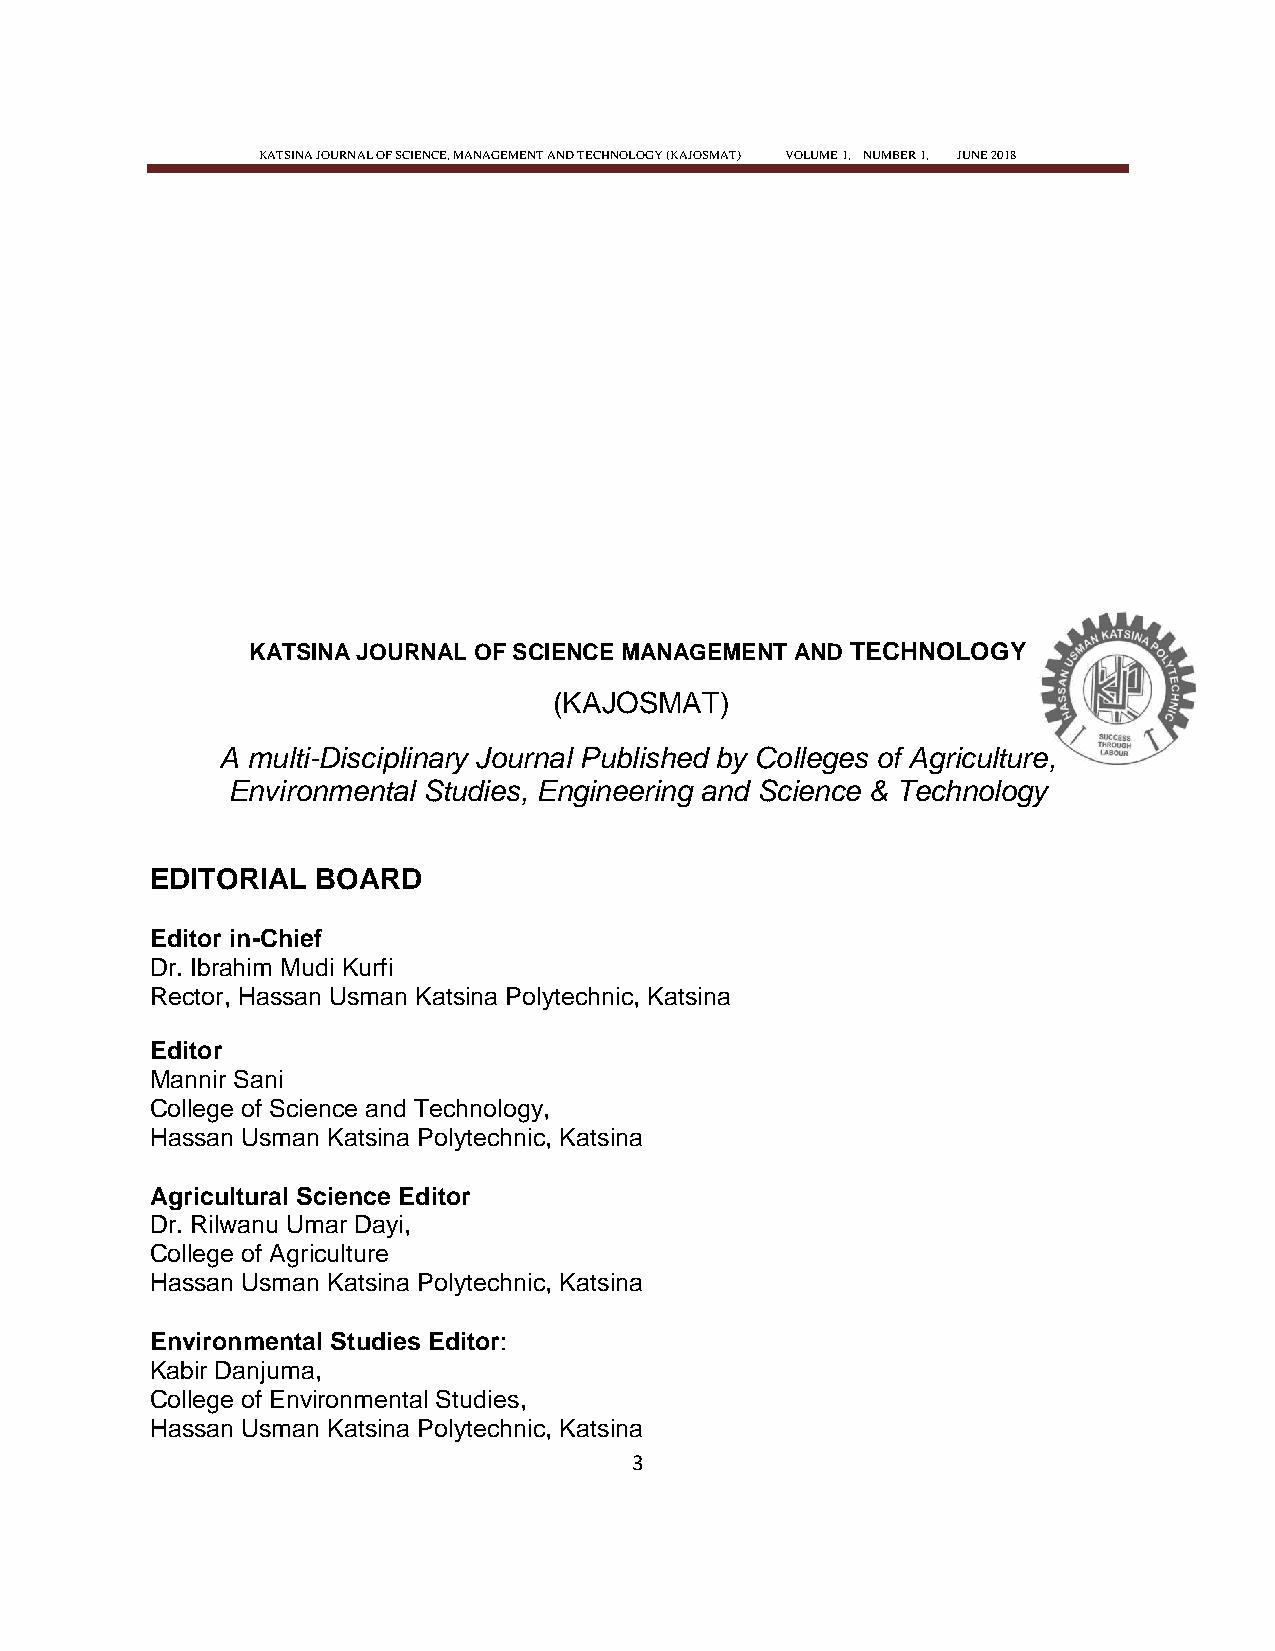
KATSINA JOURNAL OF SCIENCE, MANAGEMENT AND TECHNOLOGY (KAJOSMAT) VOLUME 1, NUMBER 1, JUNE 2018
 KATSINA JOURNAL OF SCIENCE MANAGEMENT AND TECHNOLOGY
 (KAJOSMAT)
 A multi-Disciplinary Journal Published by Colleges of Agriculture,
 Environmental Studies, Engineering and Science & Technology
 EDITORIAL  BOARD
 Editor in-Chief
 Dr. Ibrahim Mudi Kurfi
 Rector, Hassan Usman Katsina Polytechnic, Katsina
 Editor
 Mannir Sani
 College of Science and Technology,
 Hassan Usman Katsina Polytechnic, Katsina
 Agricultural Science Editor
 Dr. Rilwanu Umar Dayi,
 College of Agriculture
 Hassan Usman Katsina Polytechnic, Katsina
 Environmental Studies Editor:
 Kabir Danjuma,
 College of Environmental Studies,
 Hassan Usman Katsina Polytechnic, Katsina
 3